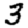
Digit: 3